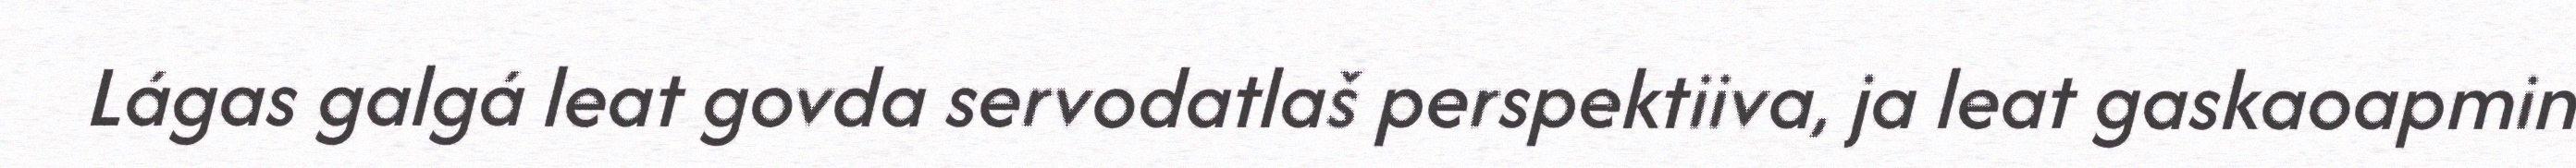
Lágas galgá leat govda servodatlaš perspektiiva, ja leat gaskaoapmin